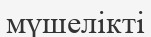
мүшелікті